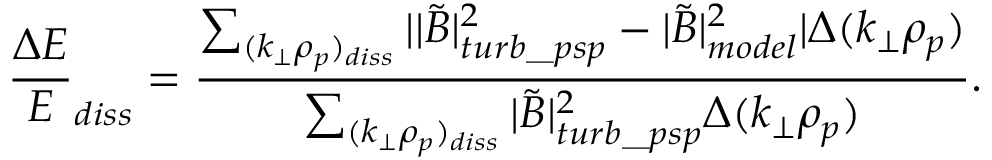
\frac { \Delta E } { E } _ { d i s s } = \frac { \sum _ { ( k _ { \perp } \rho _ { p } ) _ { d i s s } } | | \tilde { B } | _ { t u r b \_ p s p } ^ { 2 } - | \tilde { B } | _ { m o d e l } ^ { 2 } | \Delta ( k _ { \perp } \rho _ { p } ) } { \sum _ { ( k _ { \perp } \rho _ { p } ) _ { d i s s } } | \tilde { B } | _ { t u r b \_ p s p } ^ { 2 } \Delta ( k _ { \perp } \rho _ { p } ) } .